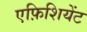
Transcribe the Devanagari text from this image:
एफ़िशियेंट